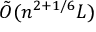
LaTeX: { \tilde { O } } ( n ^ { 2 + 1 / 6 } L )